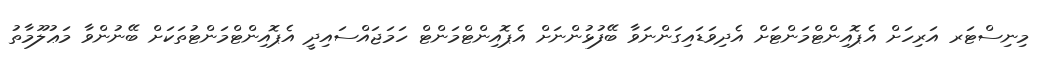
މިނިސްޓަރ އަރިހަށް އެޕޮއިންޓްމަންޓަށް އެދިވަޑައިގަންނަވާ ބޭފުޅުންނަށް އެޕޮއިންޓްމަންޓް ހަމަޖައްސައިދީ އެޕޮއިންޓްމަންޓުތަކަށް ބޭނުންވާ މަޢުލޫމާތު